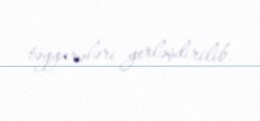
təyyarələri yerləşdirilib.